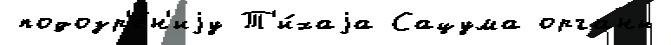
подозр'е́н'иjу Т'и́хаjа Сацума органы